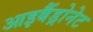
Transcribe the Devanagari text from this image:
आइबैंड्रोनेट